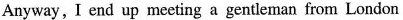
Anyway, I end up meeting a gentleman from London